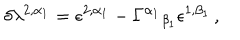
LaTeX: \delta \lambda ^ { 2 , \alpha _ { 1 } } = \epsilon ^ { 2 , \alpha _ { 1 } } - \Gamma ^ { \alpha _ { 1 } } { } _ { \beta _ { 1 } } \epsilon ^ { 1 , \beta _ { 1 } } \, ,